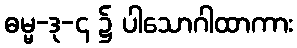
ဓမ္မ-ဒု-၄ ၌ ပါသောဂါထာကား